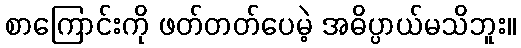
စာကြောင်းကို ဖတ်တတ်ပေမဲ့ အဓိပ္ပာယ်မသိဘူး။